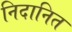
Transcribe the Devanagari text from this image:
निदानित